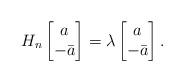
LaTeX: \begin{align*}H_n\begin{bmatrix}a\\-\bar a\end{bmatrix} = \lambda\begin{bmatrix}a\\-\bar a\end{bmatrix}.\end{align*}